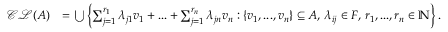
\begin{array} { r l } { \mathcal { C L } ( A ) } & { = \bigcup \left\lbrace \sum _ { j = 1 } ^ { r _ { 1 } } \lambda _ { j 1 } v _ { 1 } + . . . + \sum _ { j = 1 } ^ { r _ { n } } \lambda _ { j n } v _ { n } : \{ v _ { 1 } , . . . , v _ { n } \} \subseteq A , \, \lambda _ { i j } \in F , \, r _ { 1 } , . . . , r _ { n } \in \mathbb N \right\rbrace . } \end{array}